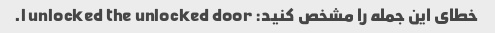
خطای این جمله را مشخص کنید: I unlocked the unlocked door.